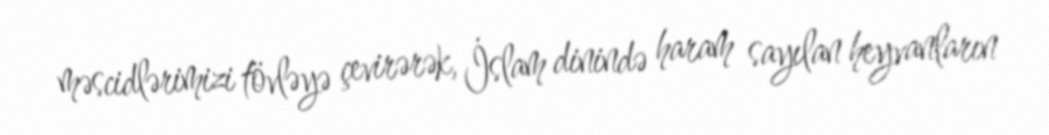
məscidlərimizi tövləyə çevirərək, İslam dinində haram sayılan heyvanların